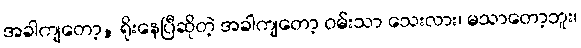
အခါကျတော့, ရိုးနေပြီဆိုတဲ့ အခါကျတော့ ဝမ်းသာ သေးလား၊ မသာတော့ဘူး၊